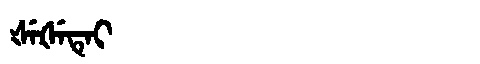
Manchu: ᡧᡝᡧᡝᡨᡝᡳ
Romanization: ŠEŠETEI